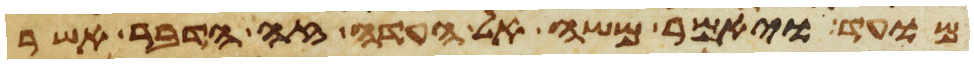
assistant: מועד ויאמר משה אל העדה זה הדבר אשר